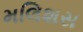
મલિશસ